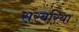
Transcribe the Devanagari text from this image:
सरबरिया